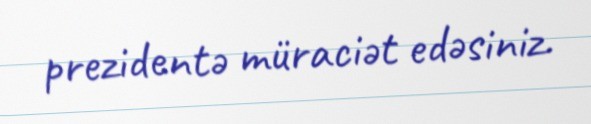
prezidentə müraciət edəsiniz.